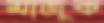
মাজুক